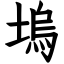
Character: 塢